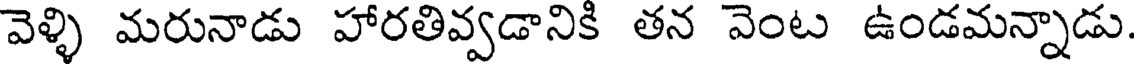
వెళ్ళి మరునాడు హారతివ్వడానికి తన వెంట ఉండమన్నాడు